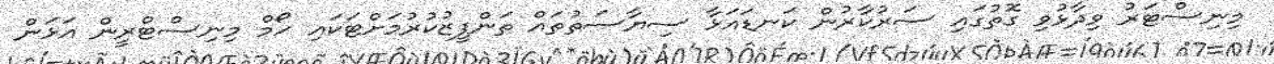
މިނިސްޓަރު ވިދާޅުވި ގޮތުގައި ސަރުކާރުން ކަނޑައަޅާ ސިޔާސަތުތައް ތަންފީޒުކުރުމަށްޓަކައި ހޯމް މިނިސްޓްރީން އަޅަން